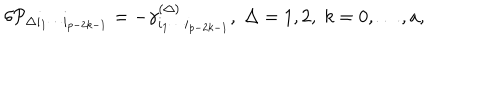
\delta { \cal P } _ { \Delta i _ { 1 } \cdots i _ { p - 2 k - 1 } } = - \gamma _ { i _ { 1 } \cdots i _ { p - 2 k - 1 } } ^ { ( \Delta ) } , \; \Delta = 1 , 2 , \; k = 0 , \ldots , a ,